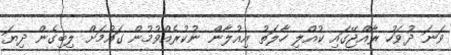
ވަނަ ދުވަހު ރާއްޖޭގައި ކުއްލި ހާލަތު އިއުލާން ނުކުރެއްވުމުން ގައުމަށް ލިބިގެން ދިޔަ